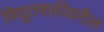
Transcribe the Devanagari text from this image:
विद्युतशक्तीवरील